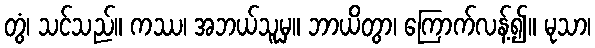
တွံ၊ သင်သည်။ ကဿ၊ အဘယ်သူမှ။ ဘာယိတွာ၊ ကြောက်လန့်၍။ မုသာ၊